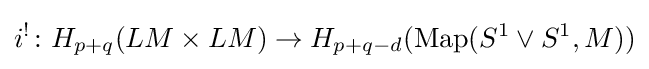
i^{!}\colon H_{p+q}(LM\times LM)\to H_{p+q-d}({\rm {Map}}(S^{1}\lor S^{1},M))